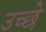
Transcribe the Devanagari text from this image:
उच्छे